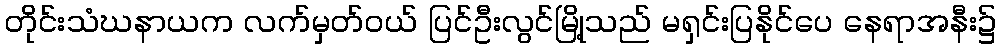
တိုင်းသံဃနာယက လက်မှတ်ဝယ် ပြင်ဦးလွင်မြို့သည် မရှင်းပြနိုင်ပေ နေရာအနီး၌